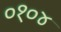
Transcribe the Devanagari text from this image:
०१०४